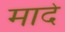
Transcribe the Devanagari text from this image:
मादे